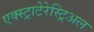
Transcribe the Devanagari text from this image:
एक्स्ट्राटेरेस्ट्रिअल